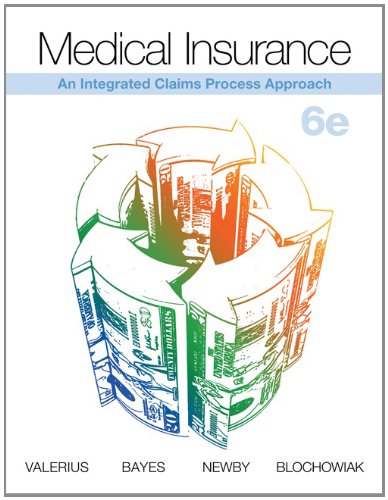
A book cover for Connect Access Card for Medical Insurance: An Integrated Claims Approach; Joanne Valerius; Business & Money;